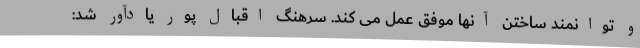
و توانمند ساختن آنها موفق عمل می کند. سرهنگ اقبال پور یادآور شد: